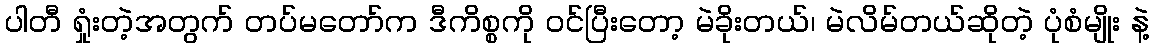
ပါတီ ရှုံးတဲ့အတွက် တပ်မတော်က ဒီကိစ္စကို ဝင်ပြီးတော့ မဲခိုးတယ်၊ မဲလိမ်တယ်ဆိုတဲ့ ပုံစံမျိုး နဲ့